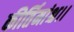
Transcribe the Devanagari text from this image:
कीर्तिमांश्च।।